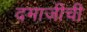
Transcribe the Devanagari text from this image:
दमाजीची